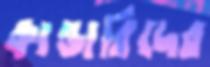
কান্ডারিদের